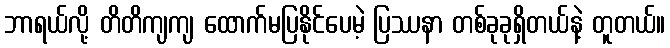
ဘာရယ်လို့ တိတိကျကျ ထောက်မပြနိုင်ပေမဲ့ ပြဿနာ တစ်ခုခုရှိတယ်နဲ့ တူတယ်။